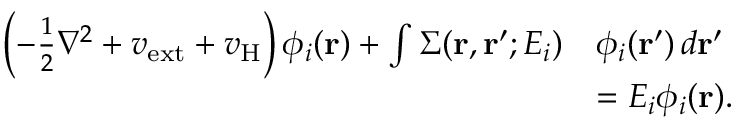
\begin{array} { r l } { \left( - \frac { 1 } { 2 } \nabla ^ { 2 } + v _ { \mathrm { e x t } } + v _ { \mathrm { H } } \right) \phi _ { i } ( \mathbf { r } ) + \int \Sigma ( \mathbf { r } , \mathbf { r } ^ { \prime } ; E _ { i } ) } & { \phi _ { i } ( \mathbf { r } ^ { \prime } ) \, d \mathbf { r } ^ { \prime } } \\ & { = E _ { i } \phi _ { i } ( \mathbf { r } ) . } \end{array}